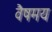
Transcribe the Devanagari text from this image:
वैषमय